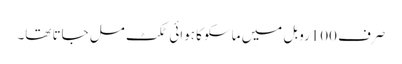
صرف 100روبل میں ماسکو کا ہوائی ٹکٹ مل جاتا تھا۔